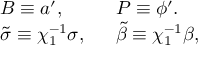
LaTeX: \left. \begin{array} { l l } { { B \equiv a ^ { \prime } , \ \ } } & { { P \equiv \phi ^ { \prime } . } } \\ { { \tilde { \sigma } \equiv \chi _ { 1 } ^ { - 1 } \sigma , \ \ } } & { { \tilde { \beta } \equiv \chi _ { 1 } ^ { - 1 } \beta , } } \end{array} \right.